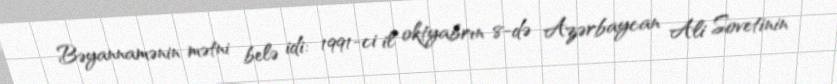
Bəyannamənin mətni belə idi: 1991-ci il oktyabrın 8-də Azərbaycan Ali Sovetinin